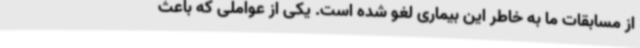
از مسابقات ما به خاطر این بیماری لغو شده است. یکی از عواملی که باعث